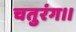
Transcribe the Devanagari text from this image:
चतुरंग।।